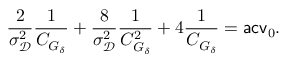
\frac { 2 } { \sigma _ { \mathscr D } ^ { 2 } } \frac { 1 } { C _ { G _ { \delta } } } + \frac { 8 } { \sigma _ { \mathscr D } ^ { 2 } } \frac { 1 } { C _ { G _ { \delta } } ^ { 2 } } + 4 \frac { 1 } { C _ { G _ { \delta } } } = \mathsf { a c v } _ { 0 } .